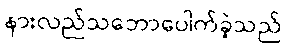
နားလည်သဘောပေါက်ခဲ့သည်